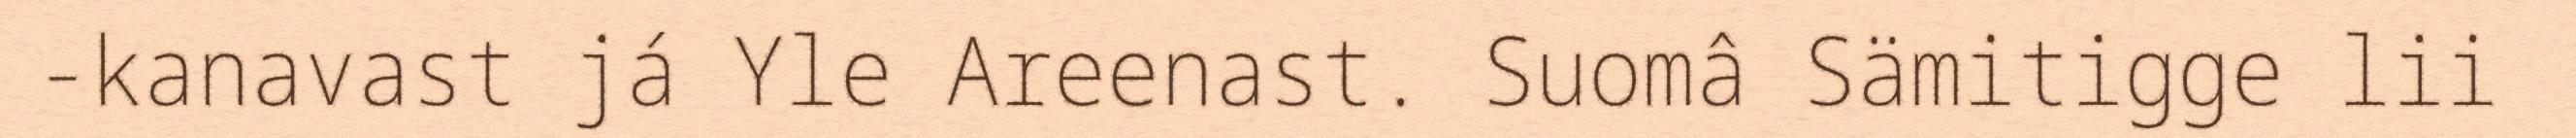
-kanavast já Yle Areenast. Suomâ Sämitigge lii